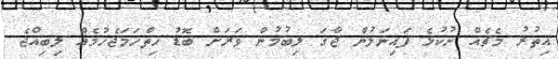
އިތުރު މެޗެއް ނުކުޅެ ފައިނަލުން ޖާގަ ލިބުމުން ވަރަށް ބޮޑު ހިތްހަމަޖެހުމެއް ލިބިއްޖެ